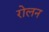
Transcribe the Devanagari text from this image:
रोलन